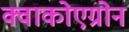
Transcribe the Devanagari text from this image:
क्वाकोएग्रोन